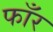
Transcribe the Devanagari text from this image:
फाँर